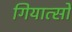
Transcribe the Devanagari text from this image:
गियात्सो